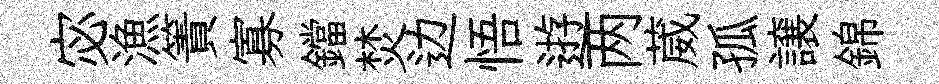
宓漁簀寡鐺焚边悟逰两葳孤譲錦